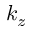
k _ { z }